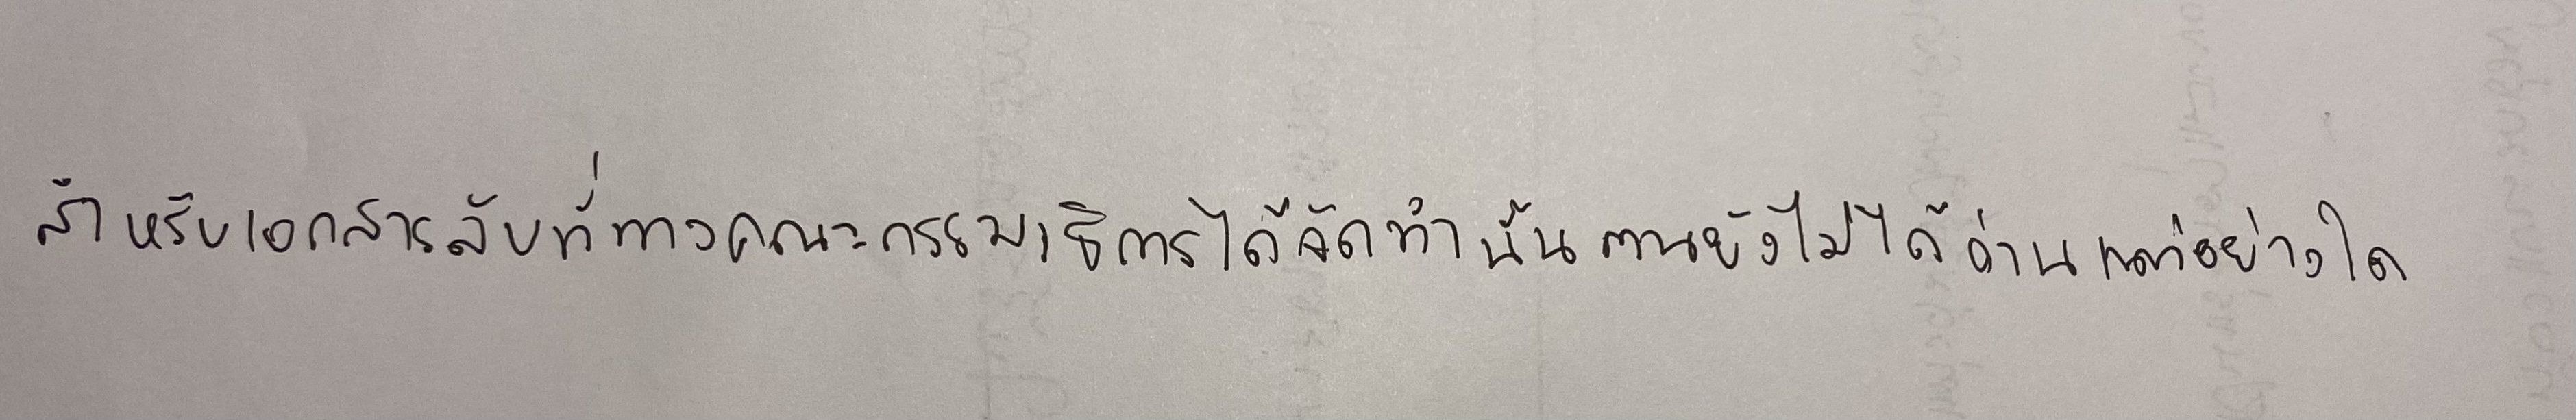
สำหรับเอกสารลับที่ทางคณะกรรมาธิการได้จัดทำนั้นตนยังไม่ได้อ่านแต่อย่างใด